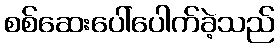
စစ်ဆေးပေါ်ပေါက်ခဲ့သည်